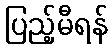
ပြည့်မီရန်